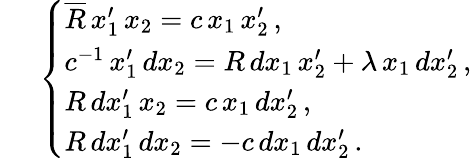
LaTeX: \; \; \; \; \; \left\{ \begin{array}{l}{{\overline{{{R}}}\, x_{1}^{\prime}\, x_{2}=c\, x_{1}\, x_{2}^{\prime}\, ,}}\\ {{c^{-1}\, x_{1}^{\prime}\, dx_{2}=R\, dx_{1}\, x_{2}^{\prime}+\lambda\, x_{1}\, dx_{2}^{\prime}\, ,}}\\ {{R\, dx_{1}^{\prime}\, x_{2}=c\, x_{1}\, dx_{2}^{\prime}\, ,}}\\ {{R\, dx_{1}^{\prime}\, dx_{2}=-c\, dx_{1}\, dx_{2}^{\prime}\, .}}\end{array}\right.